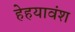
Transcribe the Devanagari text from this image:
हेहयावंश